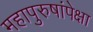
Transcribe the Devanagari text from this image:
महापुरुषांपेक्षा